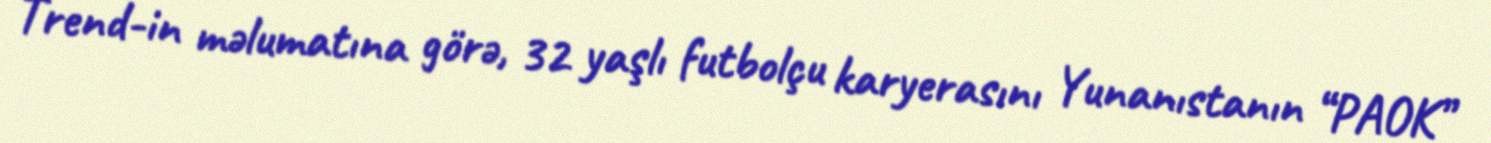
Trend-in məlumatına görə, 32 yaşlı futbolçu karyerasını Yunanıstanın “PAOK”